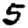
Digit: 5